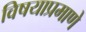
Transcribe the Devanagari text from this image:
विषयाप्रमाणे